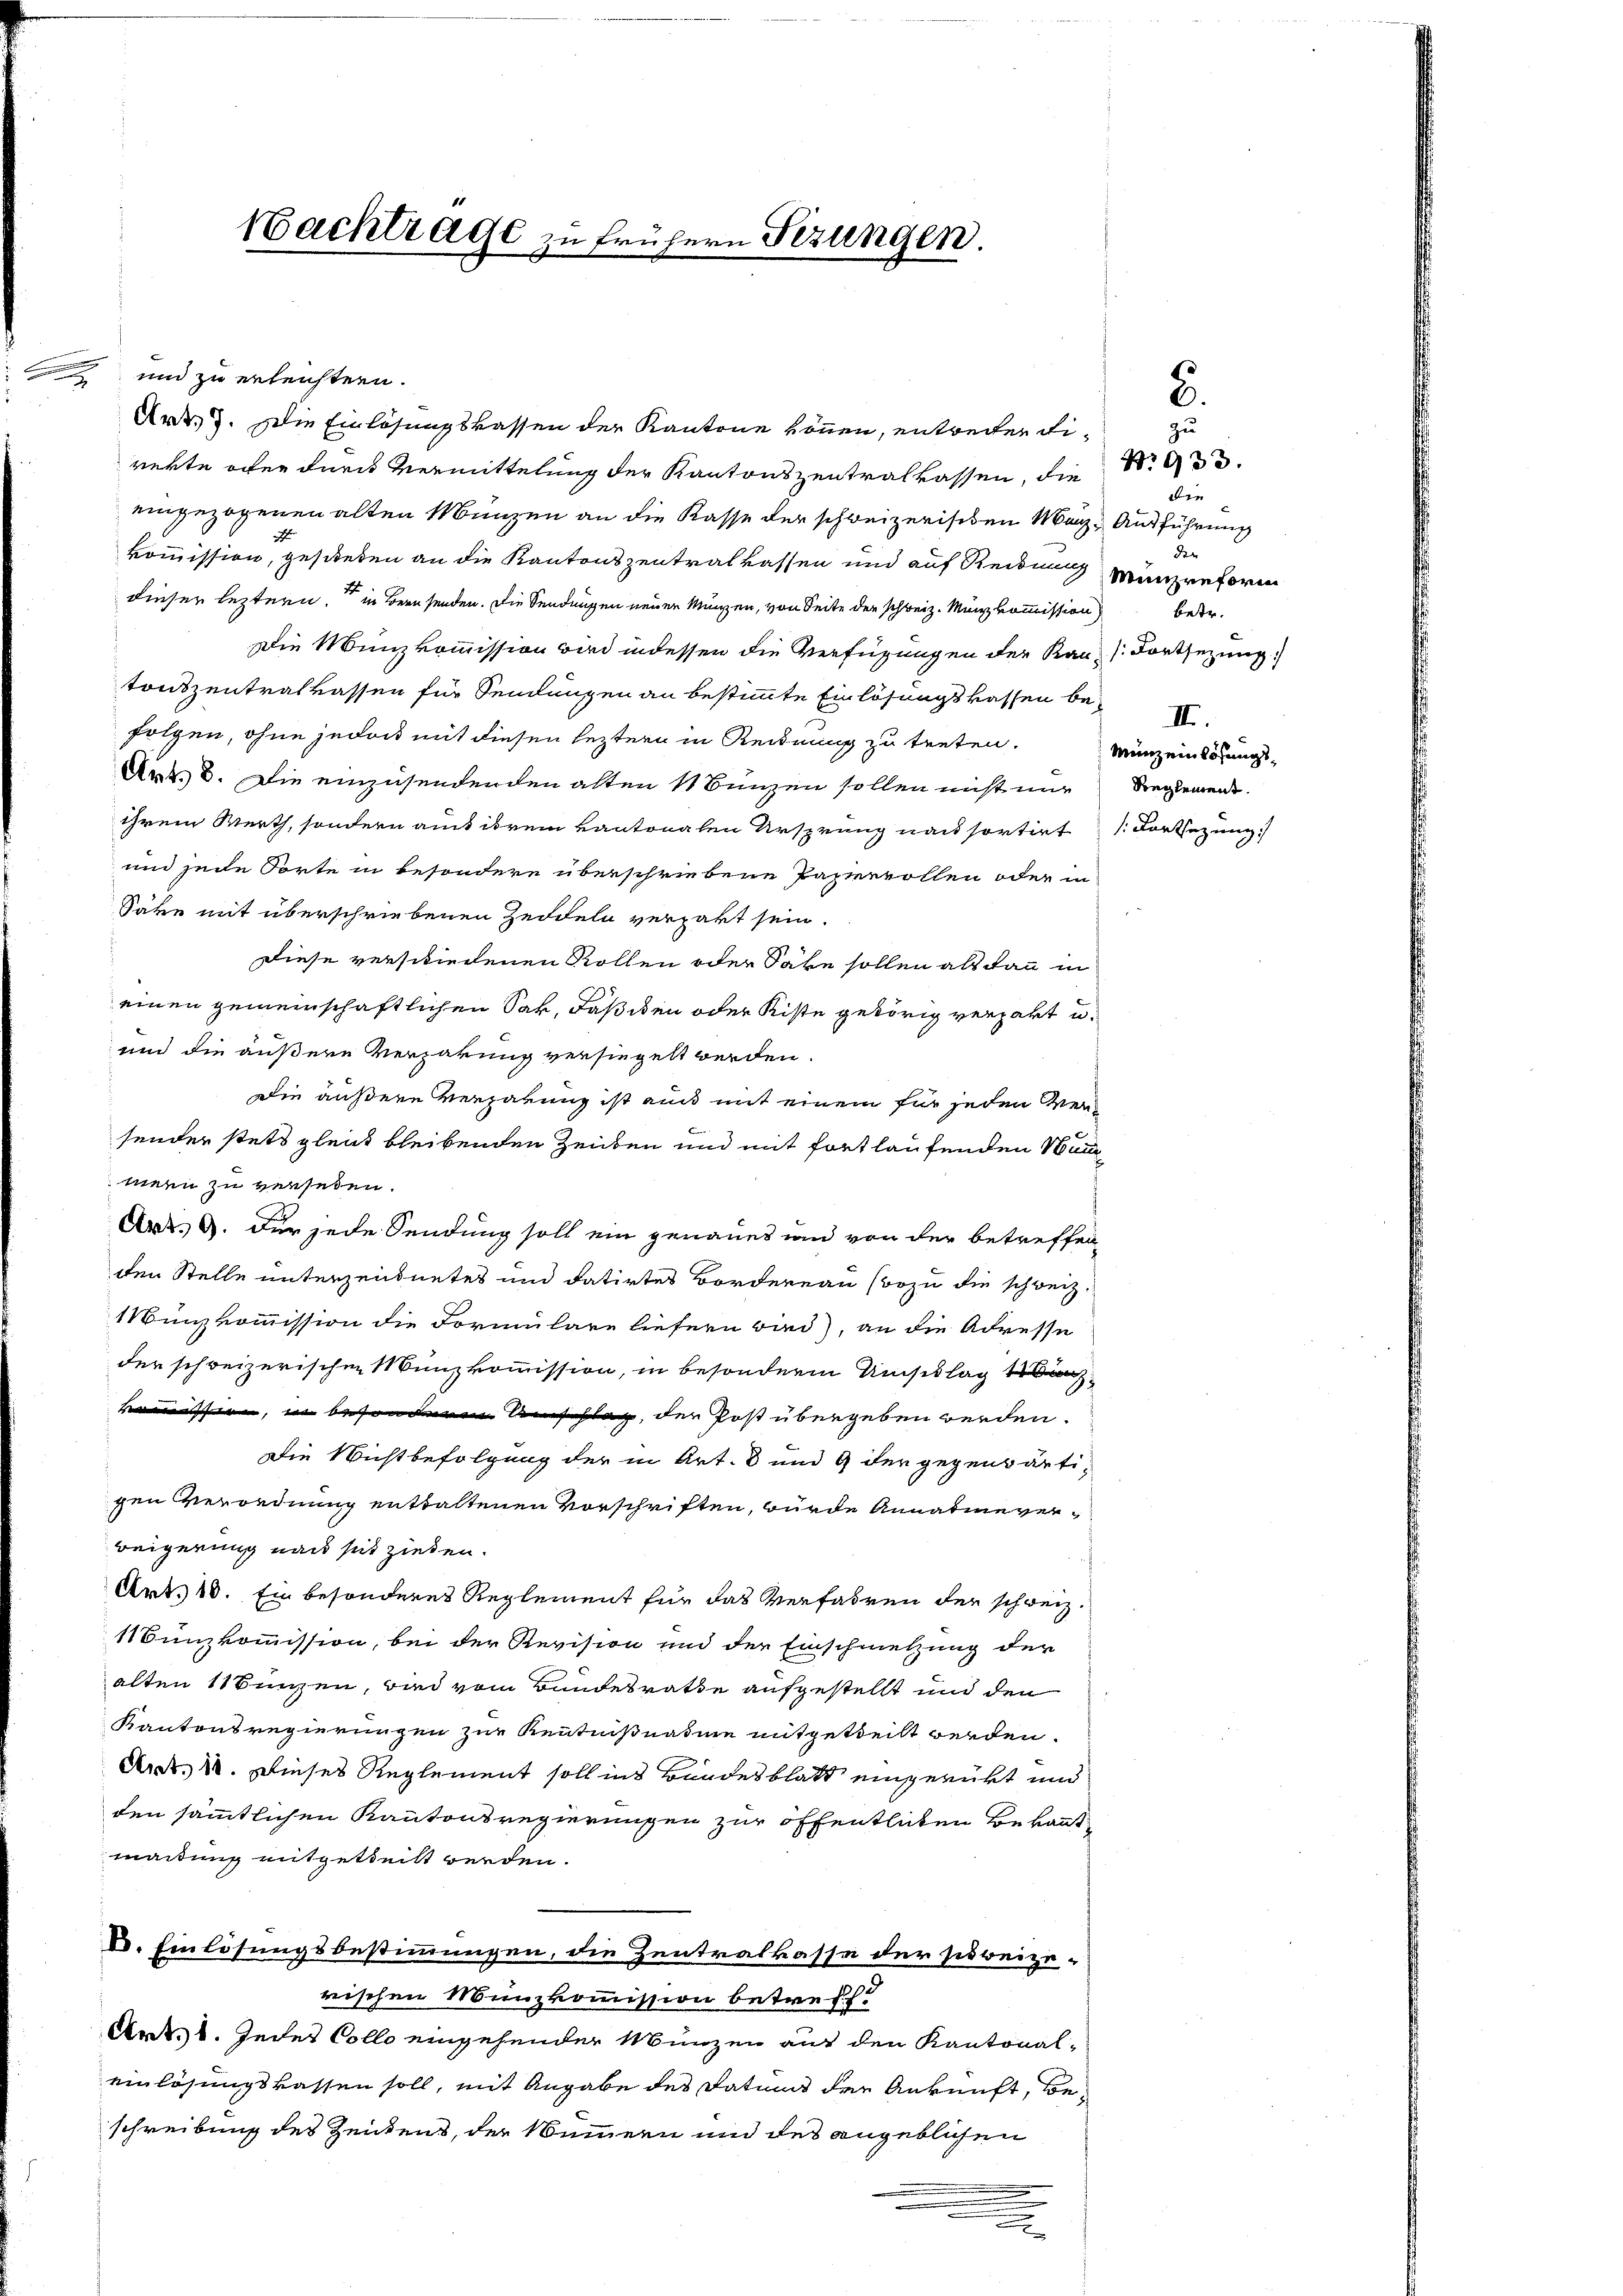
Nachtrage zu frühern Fezungen.

und zu erleichten.
Art. 7. Die Einlösungskassen der Kantone können, entweiter direkte oder durch Vermittelung der Kantonszentralkassen, die
eingezogenen alten Manzen an die Kasse der schweizerischen Mag- Ausführung
2
kommission, gescheden an die Kantonszentralkassen und auf Reidung Münzreform
dieser leztern, in Bernsenden. Die Sendungen neuer Münzen, von Seite der schweiz. Münzkommission
Die Münzkommission wird indessen die Verfügungen der Kan (Fortsetzung
tonszentralkassen für Sendungen an bestimmte Einlösungskassen befolgen, ohne jedoch mit diesen leztern in Reidnung zu treten.
Aus. 2. Die einzusendenden alten 4 Bünzen sollen nicht nur
ihrem Werth, sondern auch ihrem kantonalen Ursprung nach sortirt Fortsezung
und jede Sorte in besondere überschriebene Papiervollen oder in
Säte mit überschriebenen Zedeln verpakt sein.
Diese verschiedenen Rollen oder Säke sollen als dann in
einen gemeinschaftlichen Sak, Fäsiden oder Kiste gehörig verpart u.
und die äußere Verzakung versiegelt werden.
Die äußere Vergabung ist au mit einem für jeden Versender stets gleich bleibenden Zeiten und mit fortlaufenden Wun
mern zu versehen.
Art. 9. Der jede Sendung soll ein genaues und von der betreffen
den Stelle unterzeichnetes und datirtes Bordereau (wozu die schweiz
Wunzkommission die Formulare liefern wird), an die Adresse
der schweizerischen Münzkommission, in besonderm Umschlag anz
kommission, in besondere Umschlag, der Post übergeben werden.
Die Nichtbefolgung der in Art. 8 und 9 der gegenwärtigen Verordnung enttaltenen Vorschriften, wurde Annahme verweigerung nach seit ziehen.
Art. 10. Ein besonderes Reglement für das Verfahren der schweiz.
1Bunzkommission, bei der Revision und der Einschmetzung der
alten unzen, und vom Bundesrathe aufgestellt und den
Kantonsregierungen zur Kenntnißnature mitgetheilt werden.
Art. 1. Dieses Reglement soll ins Bundesblatt eingerükt und
den sämmtlichen Kantonsregierungen zur öffentlichen Bekant
madung mitgetheilt werden.
E. Einlösungsbestimmungen, die Zentralkasse der sidreizerischen Münzkommission betreff.
Art. 1. Jedes Collo einsehender Münzen auf den Kantonal-
einlösungskassen soll, mit Angabe des Datums der Ankunft, beschreibung des Zeitens, der Nummern und des angeblichen
.

6.
zu
den
dr
betr.
Menz einlösungs¬
Reglement.

No 933.